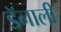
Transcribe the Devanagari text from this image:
डॅनाली